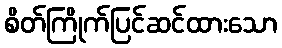
စိတ်ကြိုက်ပြင်ဆင်ထားသော